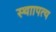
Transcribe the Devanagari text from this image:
स्थाापत्य